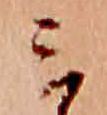
ミ